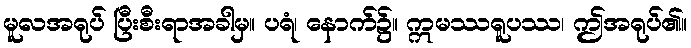
မူလအရုပ် ပြီးစီးရာအခါမှ။ ပရံ၊ နောက်၌။ ဣမဿရူပဿ၊ ဤအရုပ်၏။